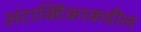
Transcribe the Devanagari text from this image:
अंटार्क्टिकाकडील